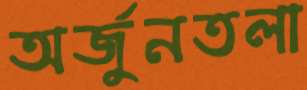
অর্জুনতলা